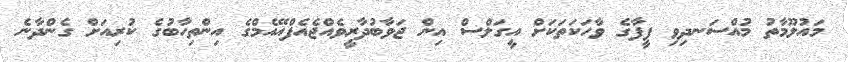
މައުލޫމާތު މުއްސަނދިވި ފީފާގެ ވާހަކަތަކަށް އީގަލްސް އިން ޖަވާބުދާރީވެއްޖެއެފްއޭއެމްގެ އިންތިހާބުގެ ކުރިއަށް ގެންދާނެ